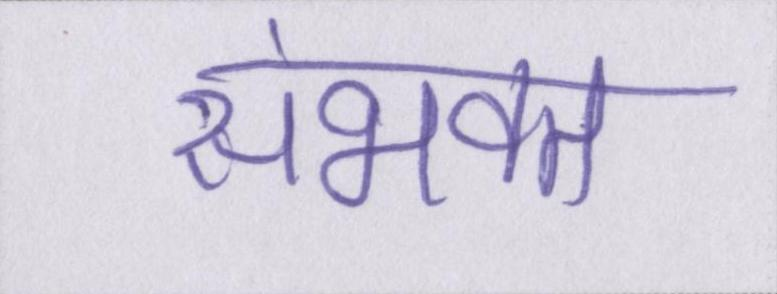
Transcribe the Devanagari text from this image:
संभवत